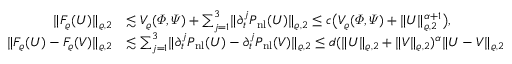
\begin{array} { r l } { \lVert F _ { \varrho } ( U ) \rVert _ { \varrho , 2 } } & { \lesssim V _ { \varrho } ( \varPhi , \varPsi ) + \sum _ { j = 1 } ^ { 3 } \lVert \partial _ { t } ^ { j } P _ { \mathrm { n l } } ( U ) \rVert _ { \varrho , 2 } \le c \bigl ( V _ { \varrho } ( \varPhi , \varPsi ) + \lVert U \rVert _ { \varrho , 2 } ^ { \alpha + 1 } \bigr ) , } \\ { \lVert F _ { \varrho } ( U ) - F _ { \varrho } ( V ) \rVert _ { \varrho , 2 } } & { \lesssim \sum _ { j = 1 } ^ { 3 } \lVert \partial _ { t } ^ { j } P _ { \mathrm { n l } } ( U ) - \partial _ { t } ^ { j } P _ { \mathrm { n l } } ( V ) \rVert _ { \varrho , 2 } \le d ( \lVert U \rVert _ { \varrho , 2 } + \lVert V \rVert _ { \varrho , 2 } ) ^ { \alpha } \lVert U - V \rVert _ { \varrho , 2 } } \end{array}